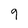
Character: 9